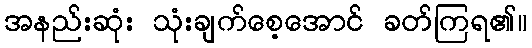
အနည်းဆုံး သုံးချက်စေ့အောင် ခတ်ကြရ၏။